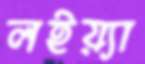
লইয়্যা